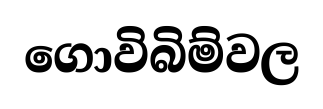
ගොවිබිම්වල